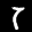
Label: 7